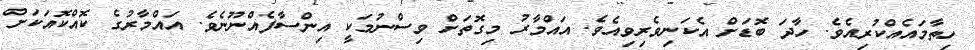
ހިތާމައެއްކުރިއެވެ. ހާދަ ބޮޑަށް އެކަނިވެރިވިއެވެ. އައްމާރު މިގޮތަށް ވިސްނުމަކީ އިންސާފެއްނޫނެވެ. އައްމާރުގެ ކޮއްކޮއަކަށް